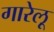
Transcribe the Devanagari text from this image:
गारेलू